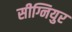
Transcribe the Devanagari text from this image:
सीग्नियुर